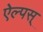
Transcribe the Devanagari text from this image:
ऐल्पस्